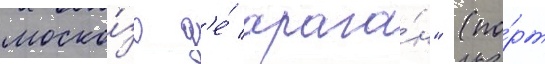
моско́зо д'е́ арага́н" (по́рт